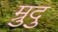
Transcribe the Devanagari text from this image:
म्रुदु